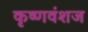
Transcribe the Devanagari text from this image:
कृष्‍णवंशज